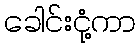
ခေါင်းငုံ့ကာ